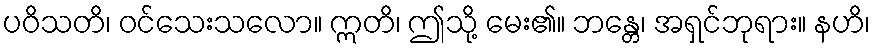
ပဝိသတိ၊ ဝင်သေးသလော။ ဣတိ၊ ဤသို့ မေး၏။ ဘန္တေ၊ အရှင်ဘုရား။ နဟိ၊